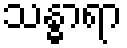
သန္ဓာရာ